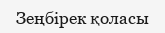
Зеңбірек қоласы